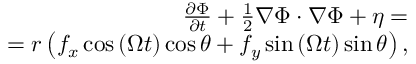
\begin{array} { r } { \frac { \partial \Phi } { \partial t } + \frac { 1 } { 2 } \nabla \Phi \cdot \nabla \Phi + \eta = } \\ { = r \left( f _ { x } \cos { \left( \Omega t \right) } \cos { \theta } + f _ { y } \sin { \left( \Omega t \right) } \sin { \theta } \right) , } \end{array}